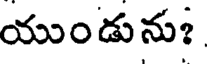
యుండును?